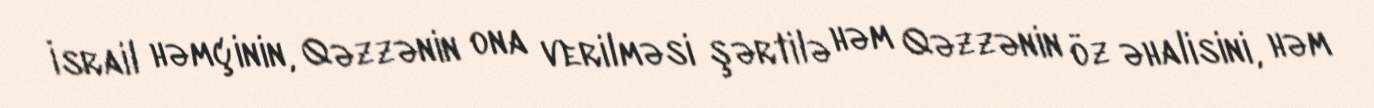
İsrail həmçinin, Qəzzənin ona verilməsi şərtilə həm Qəzzənin öz əhalisini, həm